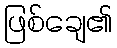
ဖြစ်ချေ၏